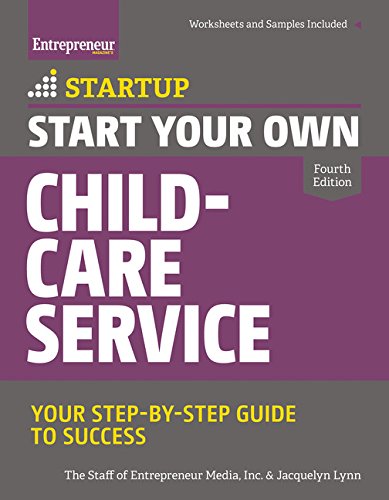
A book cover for Start Your Own Child-Care Service: Your Step-By-Step Guide to Success (StartUp Series); The Staff of Entrepreneur Media; Parenting & Relationships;